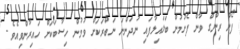
ފޯން ރިންގް ވާން ފެށުމުން ބަލައިލާފައި ނުދަންނަ ނަބްރަކަށް ވުމުން ހިސާބަކަށް ހައިރާންވިއެވެ.